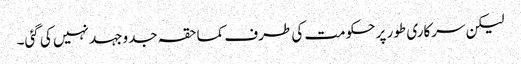
لیکن سرکاری طور پر حکومت کی طرف کماحقہ جدوجہد نہیں کی گئی۔